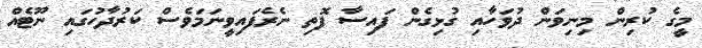
މީގެ ކުރިން މިނިވަން ދުވަހާއި ގުޅިގެން ފައިސާ ފޮތި ނެރެފައިވީނަމަވެސް ކަރުދާހުގައި ނޫޓެއް